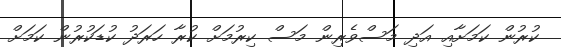
ކުރުން ކަމަށާއި އަދި މަސްވެރިން މަސް ކިރުމަށް ކުރާ ހަރަދު ކުޑަކުރުން ކަމަށް